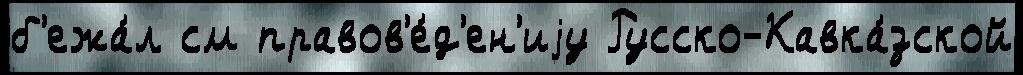
б'ежа́л см правов'е́д'ен'иjу Русско-Кавка́зской